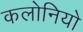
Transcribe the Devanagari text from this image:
कलोनियो